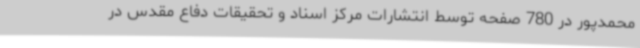
محمدپور در 780 صفحه توسط انتشارات مرکز اسناد و تحقیقات دفاع مقدس در